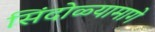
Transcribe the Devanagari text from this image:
सिंदोळ्यामागे